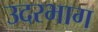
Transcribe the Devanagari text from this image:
उदरभाग